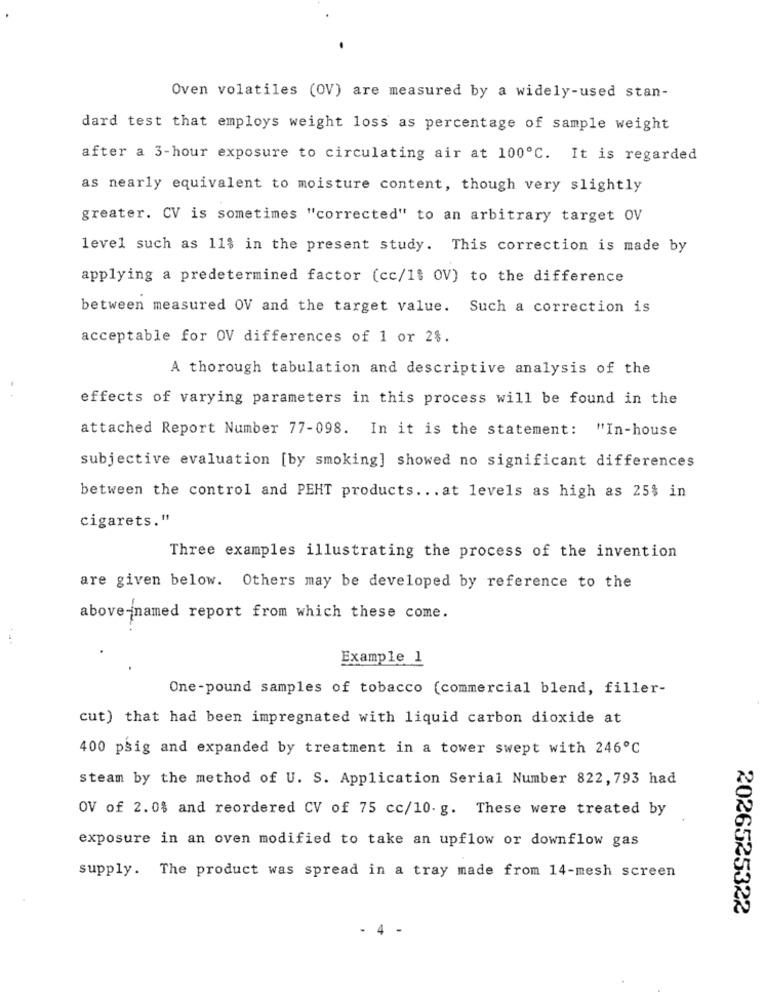
Oven volatiles (OV) are measured by a widely-used stan-
dard test that employs weight loss as percentage of sample weight
after a 3-hour exposure to circulating air at 100℃. It is regarded
as nearly equivalent to moisture content, though very slightly
greater. CV is sometimes "corrected" to an arbitrary target OV
level such as 11$ in the present study. This correction is made by
applying a predetermined factor (cc/1$ OV) to the difference
between measured OV and the target value. Such a correction is
acceptable for OV differences of 1 or 2$.
A thorough tabulation and descriptive analysis of the
effects of varying parameters in this process will be found in the
attached Report Number 77-098. In it is the statement: "In-house
subjective evaluation [by smoking] showed no significant differences
between the control and PEHT products ... at levels as high as 25% in
cigarets."
Three examples illustrating the process of the invention
are given below. Others may be developed by reference to the
above-named report from which these come.
Example 1
One-pound samples of tobacco (commercial blend, filler-
cut) that had been impregnated with liquid carbon dioxide at
400 psig and expanded by treatment in a tower swept with 246℃
steam by the method of U. S. Application Serial Number 822, 793 had
OV of 2.0$ and reordered CV of 75 cc/10. g. These were treated by
exposure in an oven modified to take an upflow or downflow gas
supply. The product was spread in a tray made from 14-mesh screen
2026525322
- 4